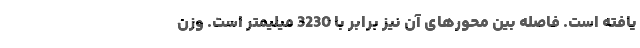
یافته است. فاصله بین محورهای آن نیز برابر با 3230 میلیمتر است. وزن